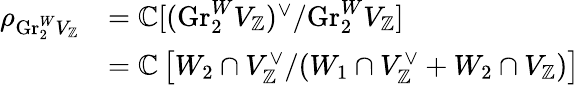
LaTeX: \begin{array}{rl}{\rho_{\mathrm{Gr}_{2}^{W}V_{\mathbb{Z}}}}&{=\mathbb{C}[(\mathrm{Gr}_{2}^{W}V_{\mathbb{Z}})^{\vee}/\mathrm{Gr}_{2}^{W}V_{\mathbb{Z}}]}\\ &{=\mathbb{C}\left[W_{2}\cap V_{\mathbb{Z}}^{\vee}/(W_{1}\cap V_{\mathbb{Z}}^{\vee}+W_{2}\cap V_{\mathbb{Z}})\right]}\end{array}